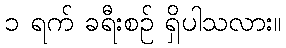
၁ ရက် ခရီးစဉ် ရှိပါသလား။